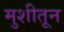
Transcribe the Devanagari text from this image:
मुशीतून